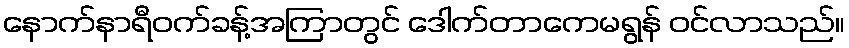
နောက်နာရီဝက်ခန့်အကြာတွင် ဒေါက်တာကေမရွန် ဝင်လာသည်။